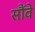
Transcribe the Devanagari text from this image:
सौंवे